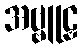
အဗ္ဗူဠှ